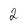
Character: 2